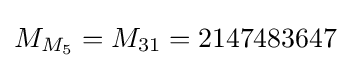
M_{M_{5}}=M_{31}=2147483647